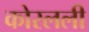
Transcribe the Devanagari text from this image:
कोरलली